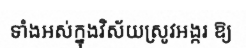
ទាំងអស់ក្នុងវិស័យស្រូវអង្ករ ឱ្យ